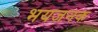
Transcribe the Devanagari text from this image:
भयजनक